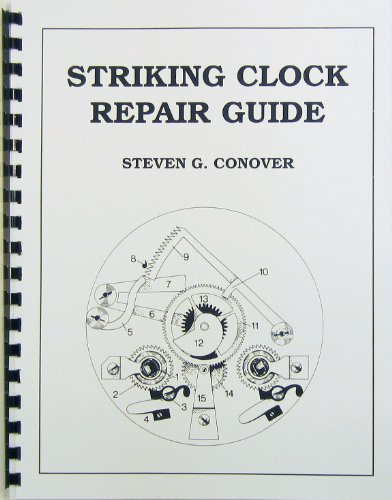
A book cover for Striking Clock Repair Guide; Steven G. Conover; Crafts, Hobbies & Home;